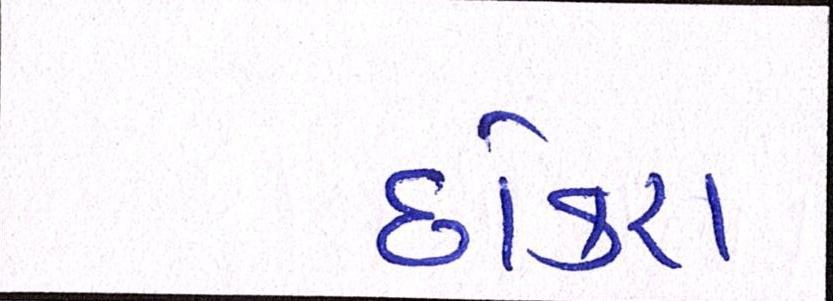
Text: છોકરા